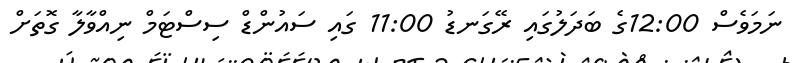
ނަމަވެސް 12:00ގެ ބަދަލުގައި ރޭގަނޑު 11:00 ގައި ސައުންޑް ސިސްޓަމް ނިއްވާލާ ގޮތަށް